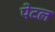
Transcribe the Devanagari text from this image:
पेटल